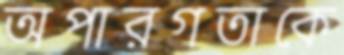
অপারগতাকে